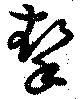
挈